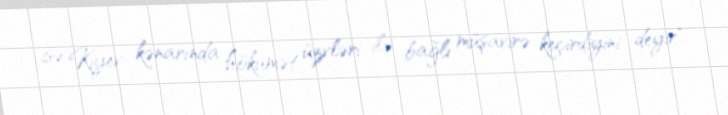
isə Kiyev kənarında hökumət üzvləri ilə bağlı müşavirə keçirdiyini deyir".